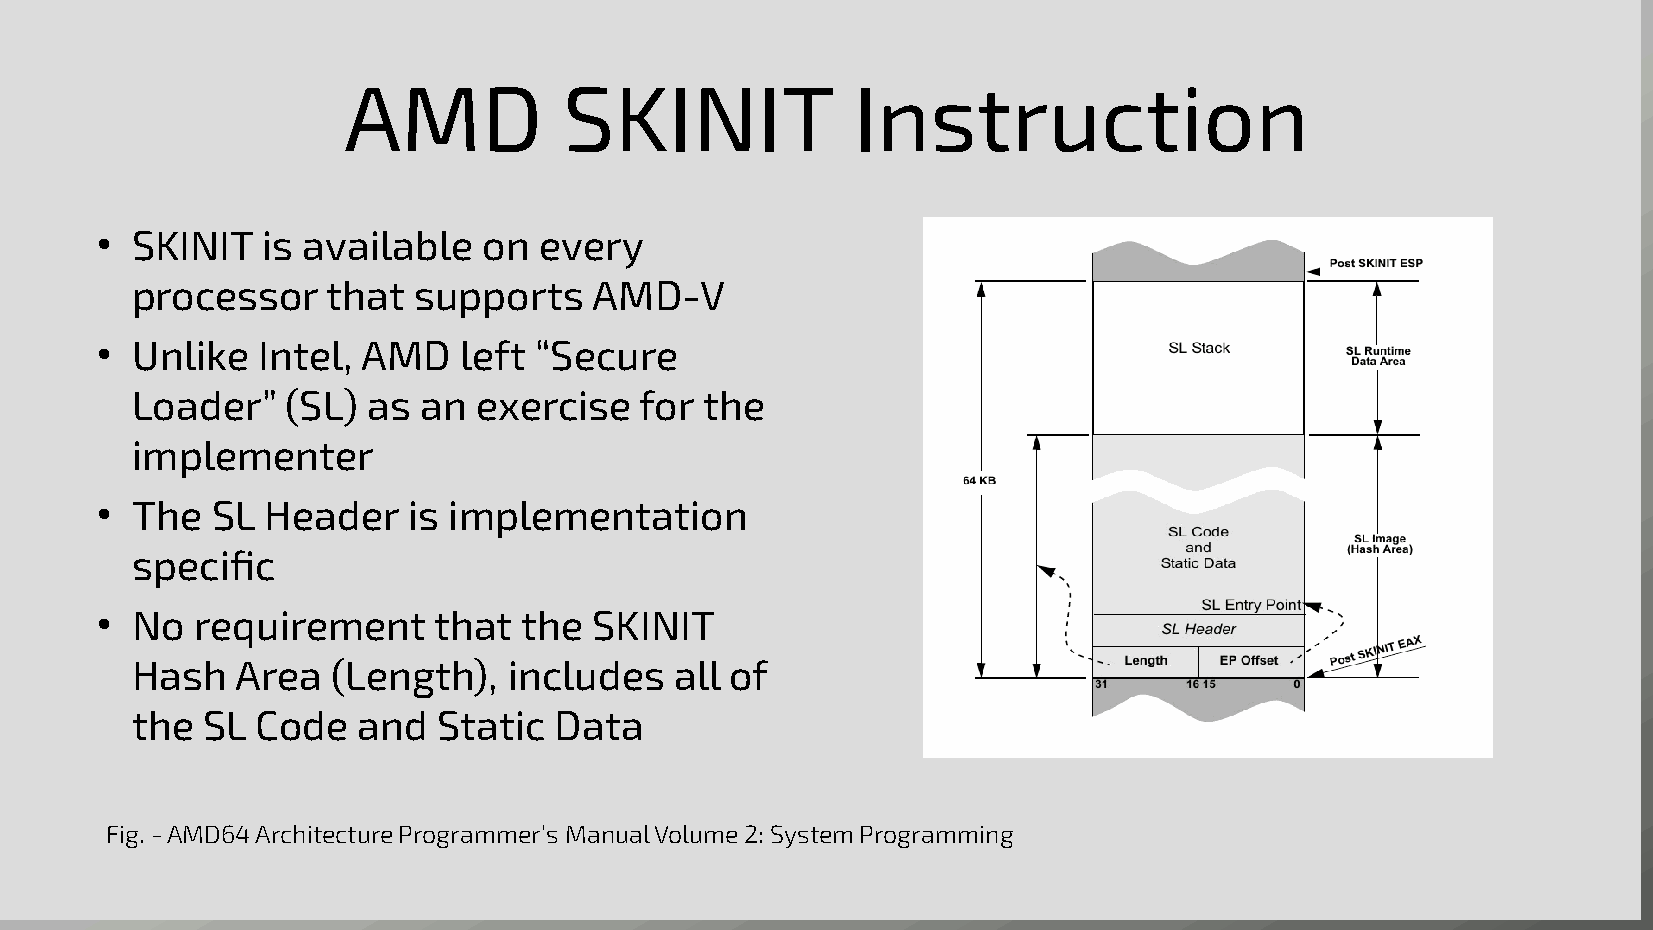
AMD           SKINIT             Instruction
 ●  SKINIT  is available   on  every
 processor    that supports    AMD-V
 ●  Unlike  Intel, AMD   left “Secure
 Loader”   (SL) as  an exercise   for  the
 implementer
 ●  The  SL Header    is implementation
 specific
 ●  No  requirement     that  the SKINIT
 Hash   Area  (Length),   includes   all of
 the SL  Code   and  Static  Data
 Fig. - AMD64 Architecture Programmer’s Manual Volume 2: System Programming